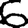
Digit: 6